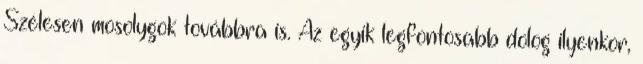
Szélesen mosolygok továbbra is. Az egyik legfontosabb dolog ilyenkor,